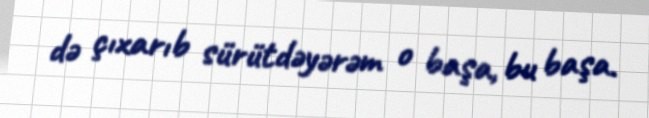
də çıxarıb sürütdəyərəm o başa, bu başa.